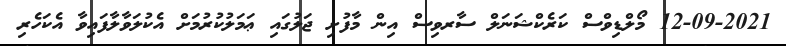
12-09-2021 މޯލްޑިވްސް ކަރެކްޝަނަލް ސާރވިސް އިން މާފުށި ޖަލުގައި ޢަމަލުކުރުމަށް އެކުލަވާލާފައިވާ އެކަހެރި